Annual report of the Punjab Veterinary College and of the Civil Veterinary Department, Punjab - 1926-1932
Year: 1926
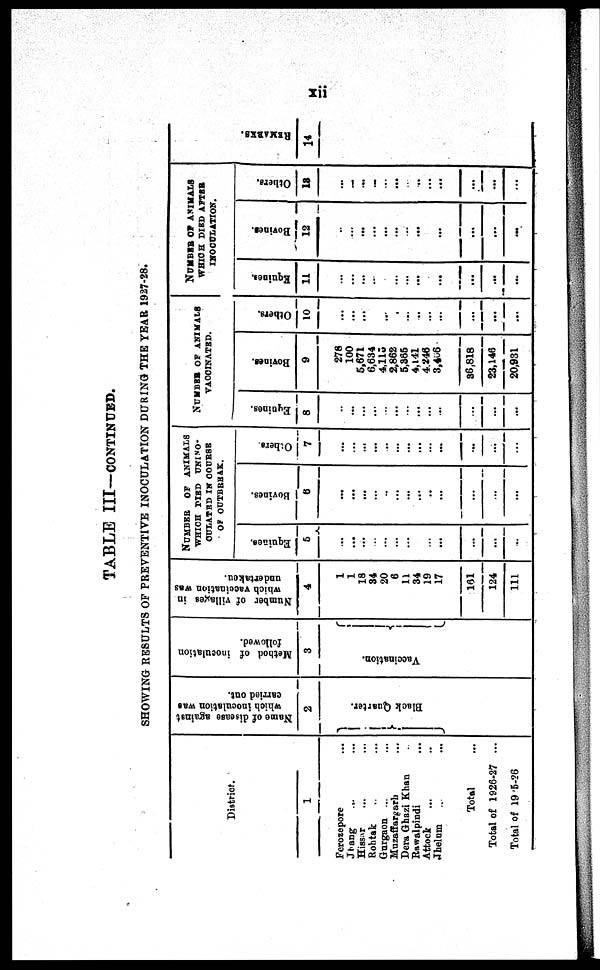
xii
TABLE III—CONTINUED.
SHOWING RESULTS OF PREVENTIVE INOCULATION DURING THE YEAR 1927-28.
District.
1
Ferozepore ... ...
Jhang ... ...
Hissar ... ...
Rohtak ... ...
Gurgaon ... ...
Muzaffargarh ...
Dera Ghazi Khan ...
Rawalpindi ... ...
Attock ... ...
Jhelum ... ...
Total ...
Total of 1926-27 ...
Total of 1925-26 ...
Name of disease against
which inoculation was
carried out.
2
Bl ack Quar t
er .
Method of inoculation
followed.
3
Va c c i
na t
i
on.
Number of villages in
which vaccination was
undertaken.
4
1
1
18
34
20
6
11
34
19
17
161
124
111
NUMBER
OF ANIMALS
WHICH DIED UNINO¬
OULATRD IN COURSE
OF OUTBREAK.
Equines.
5
...
...
...
...
...
...
...
...
...
...
...
...
Bovines.
6
...
...
...
...
..
...
...
...
..
...
...
...
...
Others
7
...
...
...
...
..
...
...
...
...
...
...
...
...
NUMBER OF ANIMALS
VACCINATED.
Equines.
8
...
...
...
...
...
...
...
...
...
...
...
...
...
Bovines.
9
278
100
5,671
6,634
4,113
2,862
5,365
4,141
4,246
3,466
36,818
23,146
20,931
Others.
10
...
...
...
...
...
...
...
...
...
...
...
...
NUMBER OF ANIMALS
WHICH DIED AFTER
INOCULATION.
Equines.
11
...
...
...
...
...
...
...
...
...
...
...
Bovines.
12
...
...
...
...
...
...
...
...
...
...
...
...
Others.
13
...
...
...
...
...
...
...
...
...
...
...
...
REMARKS .
14